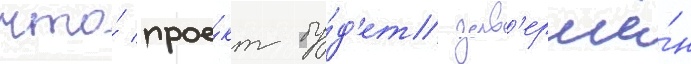
что́ прое́кт бу́д'ет зав'ершё́н